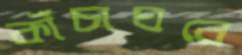
কাঁচাঘরে